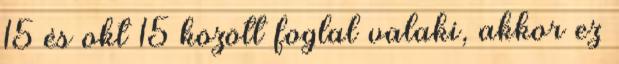
15 és okt 15 között foglal valaki, akkor ez